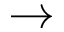
\rightarrow